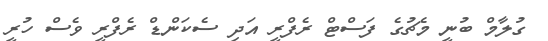
ގުލާމް ބުނީ މެޗުގެ ފަސްޓް ރެފްރީ އަދި ސެކަންޑް ރެފްރީ ވެސް ހުރީ